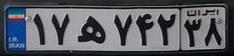
۱۷ه۷۲۴۳۸